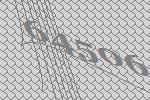
64506